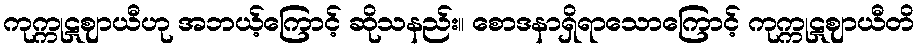
ကုက္ကုဋဈာယီဟု အဘယ့်ကြောင့် ဆိုသနည်း။ စောဒနာရှိရာသောကြောင့် ကုက္ကုဋဈာယီတိ